Mental hospitals Bombay report 1921-28 - 1921-1928
Year: 1921
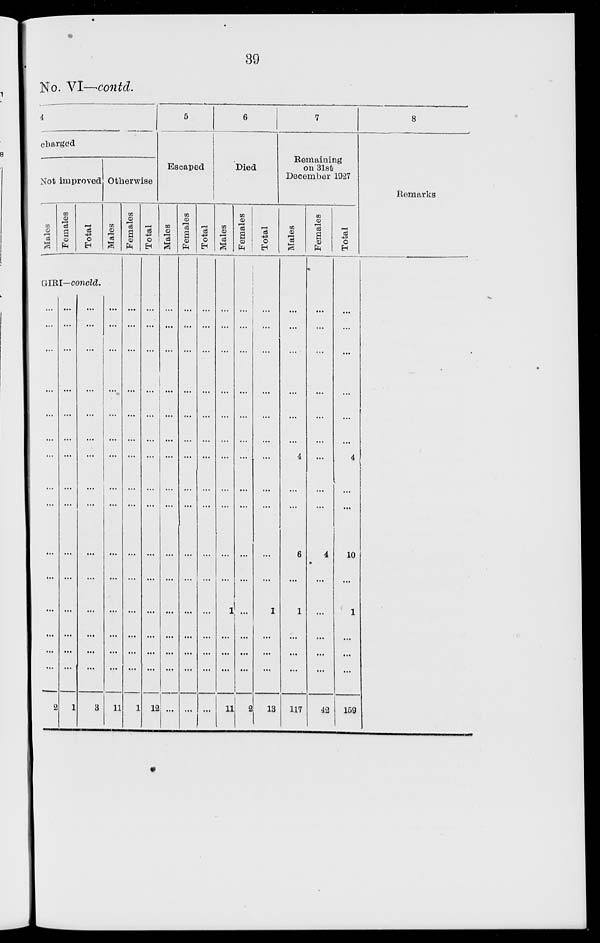
39
No. VI—contd.
4
charged
Not improved
Males
Females
Total
Otherwise
Males
GIRI—concld.
...
...
...
...
...
...
...
...
...
...
...
...
...
...
...
2
...
...
...
...
...
...
...
...
...
...
...
...
...
...
...
1
...
...
...
...
...
...
...
...
...
...
...
...
...
...
...
3
...
...
...
...
...
...
...
...
...
...
...
...
...
...
...
11
Females
...
...
...
...
...
...
...
...
...
...
...
...
...
...
...
1
Total
...
...
...
...
...
...
...
...
...
...
...
...
...
...
...
12
5
Escaped
Males
...
...
...
...
...
...
...
...
...
...
...
...
...
...
...
...
Females
...
...
...
...
...
...
...
...
...
...
...
...
...
...
...
...
Total
...
...
...
...
...
...
...
...
...
...
...
...
...
...
...
...
6
Died
Males
...
...
...
...
...
...
...
...
...
...
...
1
...
...
...
11
Females
Total
...
...
...
...
...
...
...
...
...
...
...
...
...
...
...
2
...
...
...
...
...
...
...
...
...
...
...
1
...
...
...
13
7
Remaining
on 3lst
December 1927
Males
...
...
...
...
...
...
4
...
...
6
...
1
...
...
...
117
Females
...
...
...
...
...
...
...
...
...
4
...
...
...
...
...
42
Total
...
...
...
...
...
...
4
...
...
10
...
1
...
...
...
159
8
Remarks